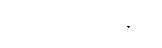
အားကစားခန်းမ